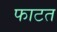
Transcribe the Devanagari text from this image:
फाटत